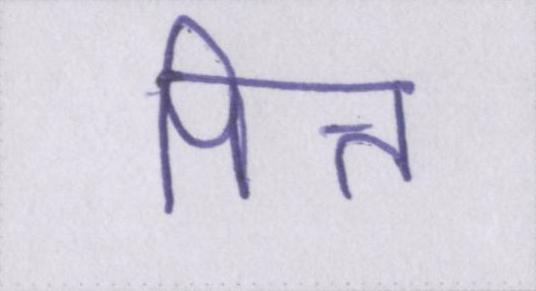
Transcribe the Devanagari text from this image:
पित्त